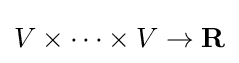
V\times \cdots \times V\to \mathbf {R}